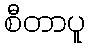
စီတာပူ